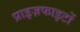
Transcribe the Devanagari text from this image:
प्राइज़फाइटों